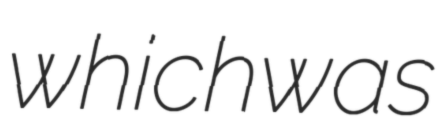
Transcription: which was